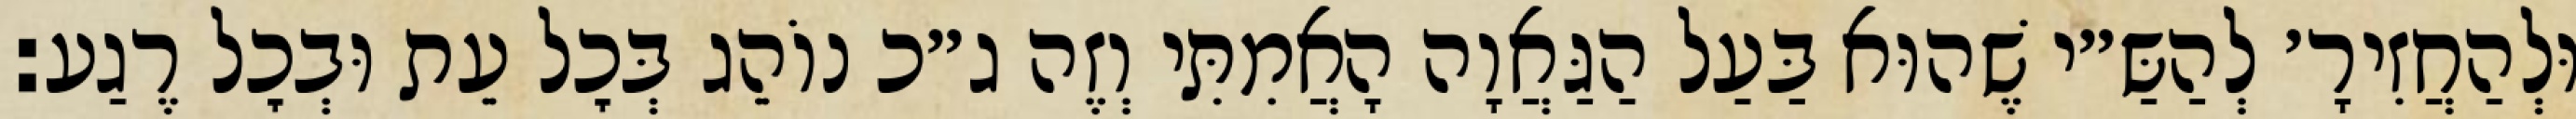
וּלְהַחֲזִירָ׳ לְהַשַּ״י שֶׁהוּא בַּעַל הַגַּאֲוָה הָאֲמִתִּי וְזֶה ג״כ נוֹהֵג בְּכׇל עֵת וּבְכׇל רֶגַע: